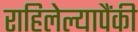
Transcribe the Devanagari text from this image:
राहिलेल्यापैंकी